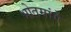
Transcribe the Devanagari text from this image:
भोतमांगे